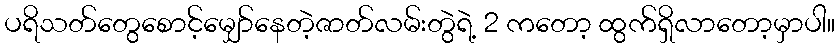
ပရိသတ်တွေစောင့်မျှော်နေတဲ့ဇာတ်လမ်းတွဲရဲ့ 2 ကတော့ ထွက်ရှိလာတော့မှာပါ။